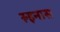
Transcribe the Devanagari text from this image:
रुइनास